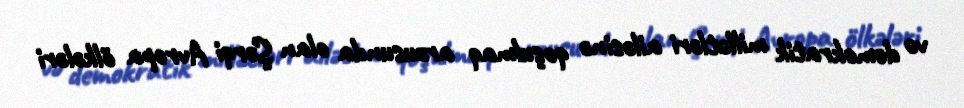
və demokratik millətləri ailəsinə qoşulmaq arzusunda olan Şərqi Avropa ölkələri